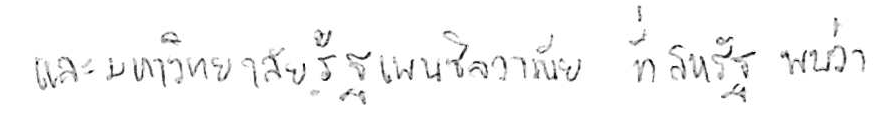
และมหาวิทยาลัยรัฐเพนซิลวาเนีย ที่สหรัฐ พบว่า